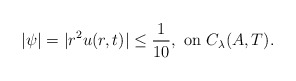
\begin{align*}|\psi|=|r^2u(r,t)|\leq \frac{1}{10},\,\,{\rm on}\,\, C_{\lambda}(A,T).\end{align*}